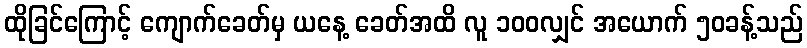
ထိုခြင်ကြောင့် ကျောက်ခေတ်မှ ယနေ့ ခေတ်အထိ လူ ၁၀၀လျှင် အယောက် ၅၀ခန့်သည်